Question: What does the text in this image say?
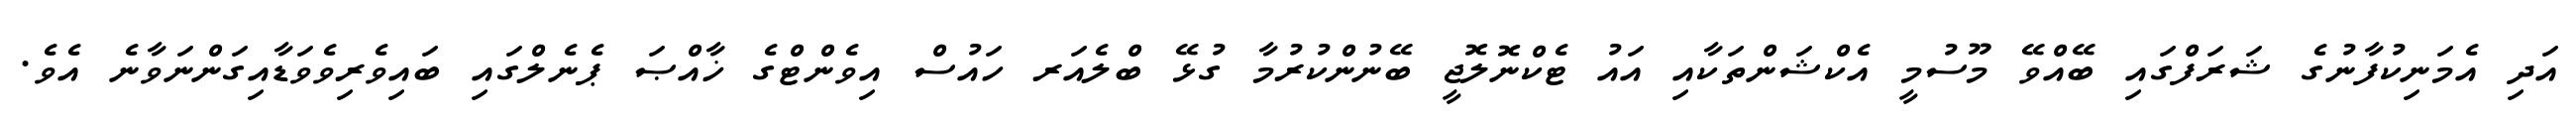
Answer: އަދި އެމަނިކުފާނުގެ ޝަރަފްގައި ބޭއްވޭ މޫސުމީ އެކްޝަންތަކާއި އައު ޓެކްނޮލޮޖީ ބޭނުންކުރުމާ ގުޅޭ ބްލެއަރ ހައުސް އިވެންޓްގެ ޚާއްޞަ ޕެނެލްގައި ބައިވެރިވެވަޑާއިގަންނަވާނެ އެވެ.